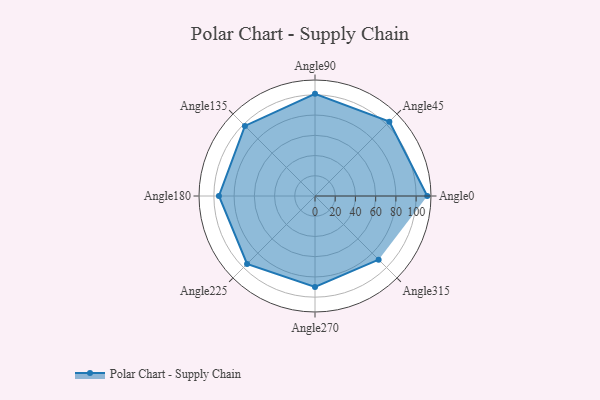
{"axis": {"x": "Angle", "y": "Radius"}, "legend": [""], "data": [{"x": "Angle0", "y": 111.0, "type": ""}, {"x": "Angle45", "y": 104.0, "type": ""}, {"x": "Angle90", "y": 101.0, "type": ""}, {"x": "Angle135", "y": 98.0, "type": ""}, {"x": "Angle180", "y": 95.0, "type": ""}, {"x": "Angle225", "y": 95.0, "type": ""}, {"x": "Angle270", "y": 90.0, "type": ""}, {"x": "Angle315", "y": 89.0, "type": ""}]}